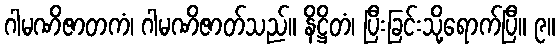
ဂါမဏိဇာတကံ၊ ဂါမဏိဇာတ်သည်။ နိဋ္ဌိတံ၊ ပြီးခြင်းသို့ရောက်ပြီ။ ၉။